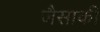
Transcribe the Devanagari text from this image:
जैसाकी